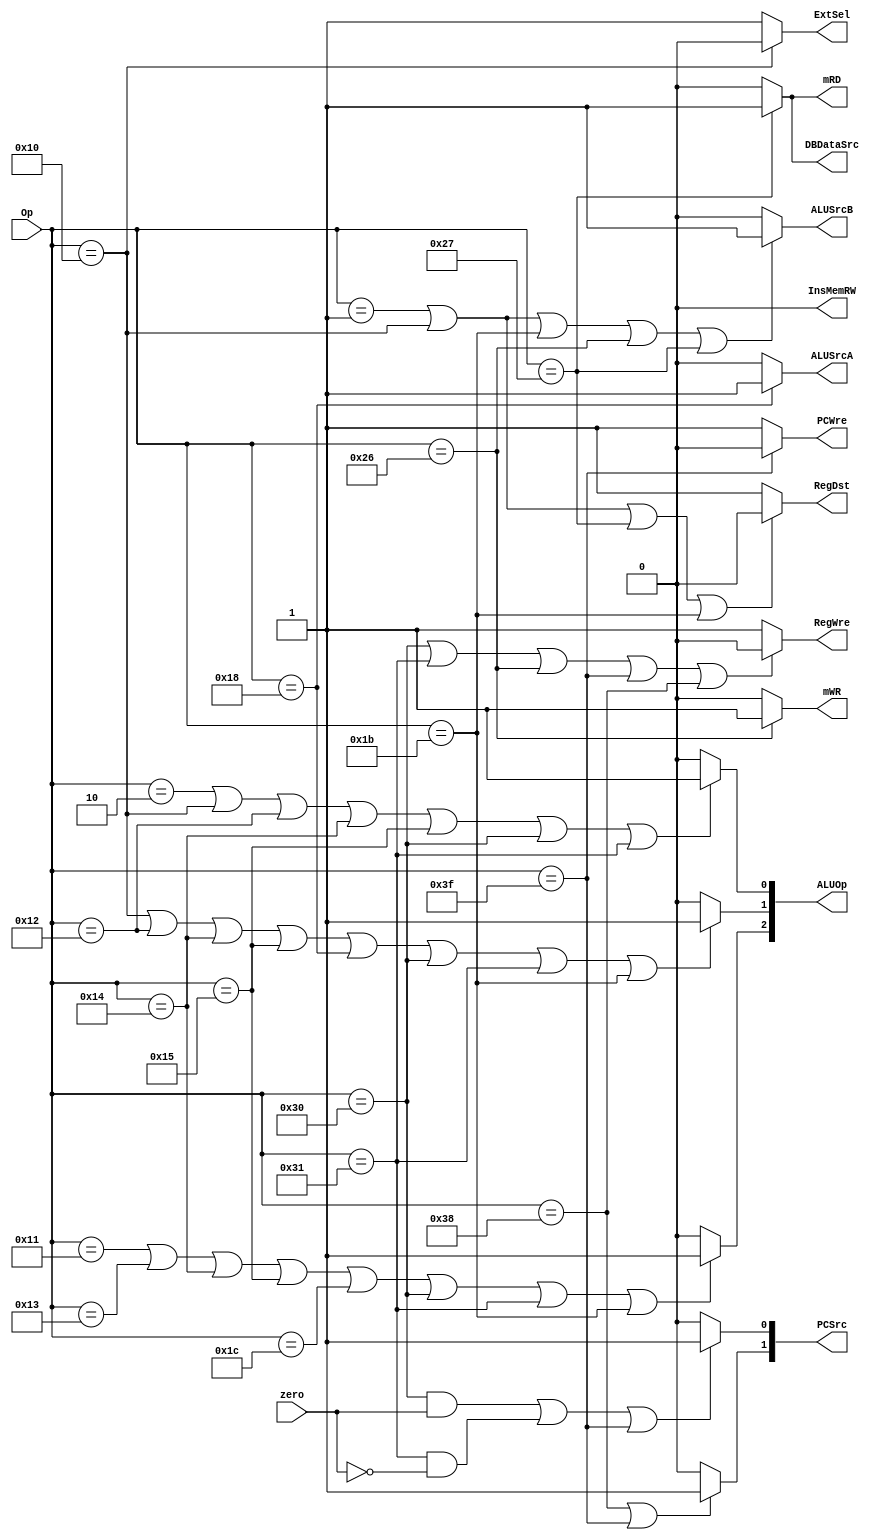
`timescale 1ns / 1ps
//////////////////////////////////////////////////////////////////////////////////
// Company: 
// Engineer: 
// 
// Design Name: 
// Module Name: ControlUnit
// Project Name: 
// Target Devices: 
// Tool Versions: 
// Description: 
// 
// Dependencies: 
// 
// Revision:
// Revision 0.01 - File Created
// Additional Comments:
// 
//////////////////////////////////////////////////////////////////////////////////


module ControlUnit(Op, zero, PCWre, ALUSrcA, ALUSrcB, DBDataSrc, RegWre, InsMemRW, mRD, mWR, RegDst, ExtSel, PCSrc, ALUOp );
input [5:0] Op;
input zero;
output PCWre,ALUSrcA, ALUSrcB, DBDataSrc, RegWre, InsMemRW, mRD, mWR, RegDst, ExtSel;
output [1:0] PCSrc;
output [2:0] ALUOp;

assign PCWre = (Op == 6'b111111)?0:1;
assign ALUSrcA = (Op== 6'b011000)?1:0;
assign ALUSrcB = ((Op == 6'b000001) || (Op == 6'b010000) || (Op == 6'b011011) || (Op ==6'b100110) || (Op == 6'b100111) ) ? 1:0;
assign DBDataSrc = (Op == 6'b100111)?1:0;
assign RegWre = ((Op == 6'b110000) || (Op == 6'b110001) || (Op == 6'b100110) || (Op == 6'b111111) ||(Op == 6'b111000)) ? 0: 1;
assign InsMemRW = 0;
assign mRD = (Op == 6'b100111) ?1:0;
assign mWR  = (Op == 6'b100110) ?1:0;
assign RegDst = ((Op == 6'b000001) || (Op==6'b010000) || (Op == 6'b100111) || (Op==6'b011011))?0:1;
assign ExtSel = (Op == 6'b010000)?0:1;
assign PCSrc[0] = ((Op == 6'b110000 && zero == 1) || (Op == 6'b110001 && zero == 0) || (Op==6'b111111)) ?1:0;
assign PCSrc[1] = ((Op == 6'b111000) || (Op == 6'b111111)) ?1:0;
assign ALUOp[2] = ((Op == 6'b010001) || (Op == 6'b010011) || (Op == 6'b010100) || (Op == 6'b010101) ||(Op == 6'b011100)||(Op == 6'b110000) ||(Op == 6'b110001) ||(Op==6'b011011))?1:0;
//assign ALUOp[2]=((Op==6'b010001)||(Op==6'b010011)||(Op==6'b010100)||(Op==6'b010101)||(Op==6'b011100)||(Op==6'b110000)||(Op==6'b110001)||(Op==6'b110010))?1:0;
assign ALUOp[1] = ((Op == 6'b010000) ||(Op == 6'b010010) ||(Op==6'b010100) ||(Op==6'b010101) |||(Op==6'b011000) ||(Op==6'b110000) ||(Op==6'b110001) ||(Op==6'b011011))?1:0;
//assign ALUOp[1]=((Op==6'b010000)||(Op==6'b010010)||(Op==6'b010100)||(Op==6'b010101)||(Op==6'b011000)||(Op==6'b011100)||(Op==6'b110000)||(Op==6'b110001)||(Op==6'b110010))?1:0;
assign ALUOp[0] =((Op == 6'b000010) || (Op == 6'b010000) ||(Op == 6'b010010) ||(Op == 6'b010100) ||(Op == 6'b010101) || (Op==6'b110000) ||(Op==6'b110001))?1:0;
//assign ALUOp[0]=((Op==6'b000010)||(Op==6'b010000)||(Op==6'b010010)||(Op==6'b010100)||(Op==6'b010101)||(Op==6'b110000)||(Op==6'b110001)||(Op==6'b110010))?1:0;
endmodule